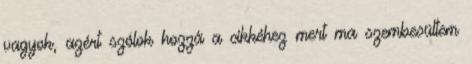
vagyok, azért szólok hozzá a cikkéhez mert ma szembesültem